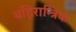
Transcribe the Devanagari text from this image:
बहिरान्त्रिक